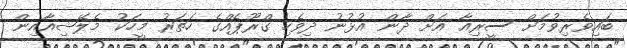
ބައިވެރިވުމަށް ސީރިއާ އަށް ދާން އުޅުނު ދިވެހި ގްރޫޕެއްގެ ހަތަރު މީހަކު މެލޭޝިއާއިން